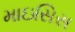
માઇસિસ